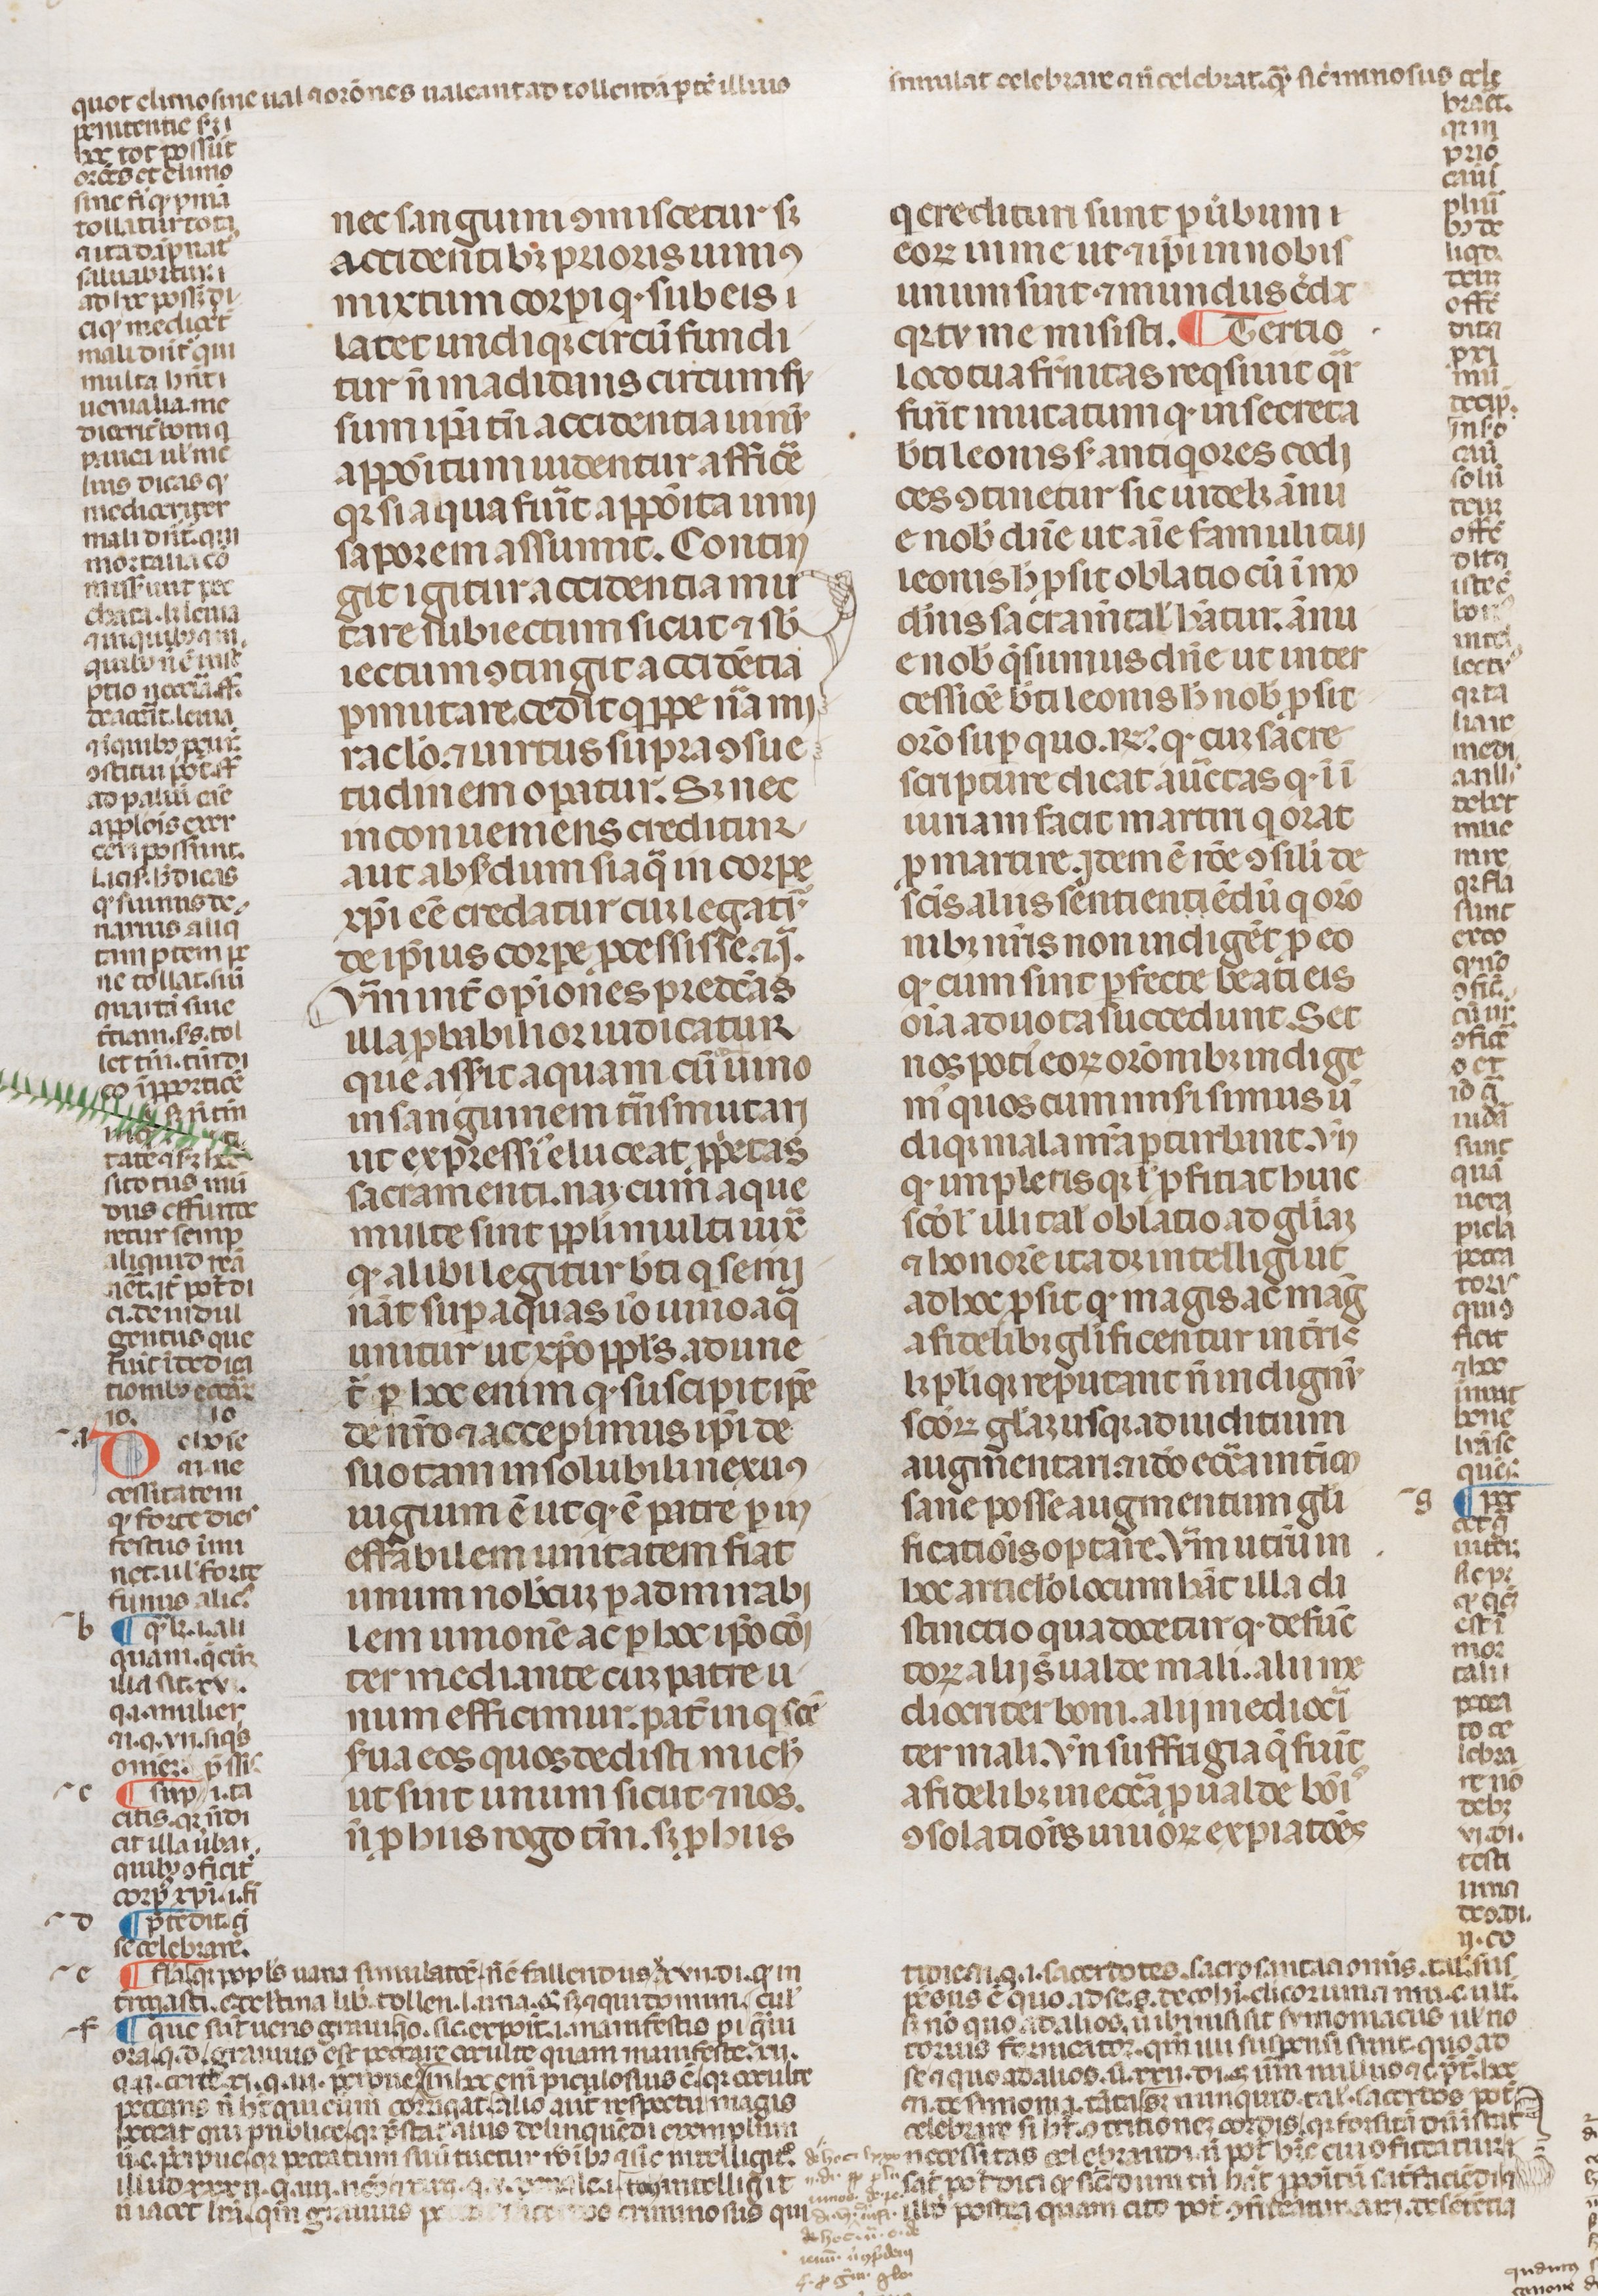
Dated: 1250–1399